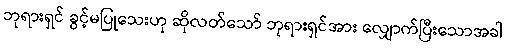
ဘုရားရှင် ခွင့်မပြုသေးဟု ဆိုလတ်သော် ဘုရားရှင်အား လျှောက်ပြီးသောအခါ